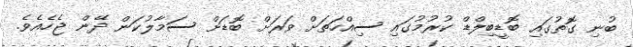
ބުނި ގޮތުގައި ބޮޑީބިލްޑް ކުރުމުގައި ސިއްހަތަށް ވަރަށް ބޮޑަށް ސަމާލުކަން ދޭން ޖެހެއެވެ.